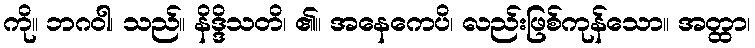
ကို။ ဘဂဝါ၊ သည်။ နိဒ္ဒိသတိ၊ ၏။ အနေကေပိ၊ လည်းဖြစ်ကုန်သော။ အတ္ထာ၊